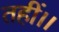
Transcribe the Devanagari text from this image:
तहीं।।